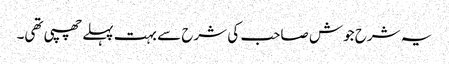
یہ شرح جوش صاحب کی شرح سے بہت پہلے چھپی تھی۔